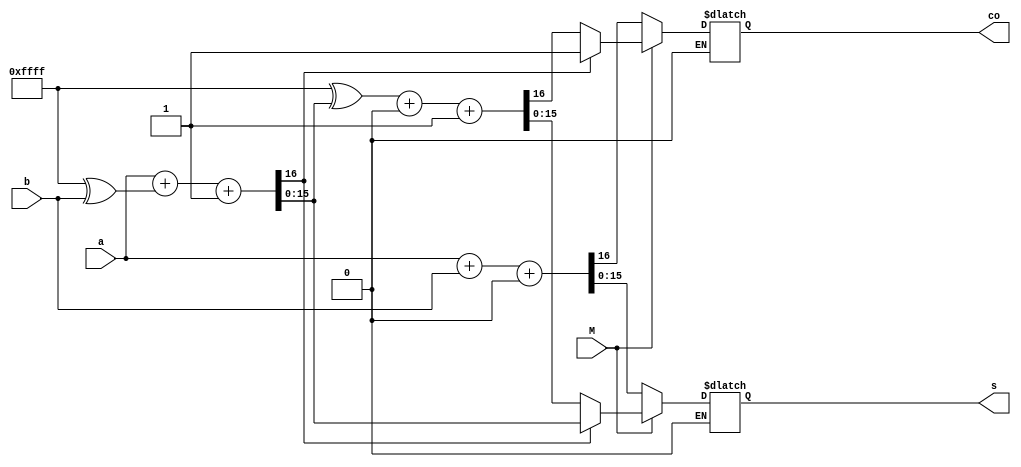
`timescale 1ns / 1ps


module Addersub( input[15:0]a,b, input M, output reg[15:0] s, output reg co);


always @(*)
  begin
  if(M==0)
    begin
      {co,s}=a+b+16'b0000000000000000;
    end  
    else if(M==1)
      begin
        {co,s}=a+(16'b1111111111111111^b)+16'b0000000000000001;
        if(co==0)
          begin
            {co,s}=(16'b1111111111111111^s)+16'b0000000000000000+16'b0000000000000001;
          end
      end

  end

endmodule